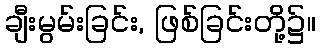
ချီးမွမ်းခြင်း, ဖြစ်ခြင်းတို့၌။